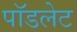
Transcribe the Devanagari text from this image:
पॉडलेट